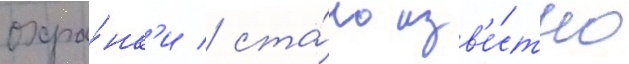
охра́нк'и / ста́ло изв'е́стно